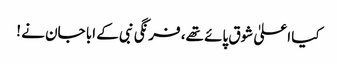
کیا اعلیٰ شوق پائے تھے، فرنگی نبی کے ابا جان نے !